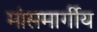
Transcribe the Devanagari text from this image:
मांसमार्गीय